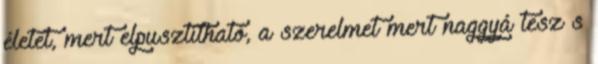
életet, mert elpusztítható, a szerelmet mert naggyá tesz s